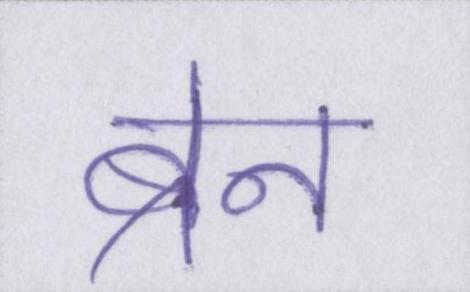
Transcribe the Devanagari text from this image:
ब्रेन